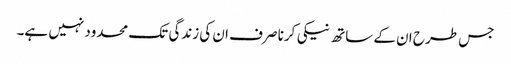
جس طرح ان کے ساتھ نیکی کرنا صرف ان کی زندگی تک محدود نہیں ہے۔